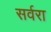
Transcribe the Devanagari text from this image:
सर्वरा